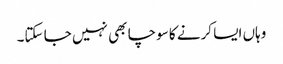
وہاں ایسا کرنے کا سوچا بھی نہیں جا سکتا۔